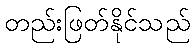
တည်းဖြတ်နိုင်သည်